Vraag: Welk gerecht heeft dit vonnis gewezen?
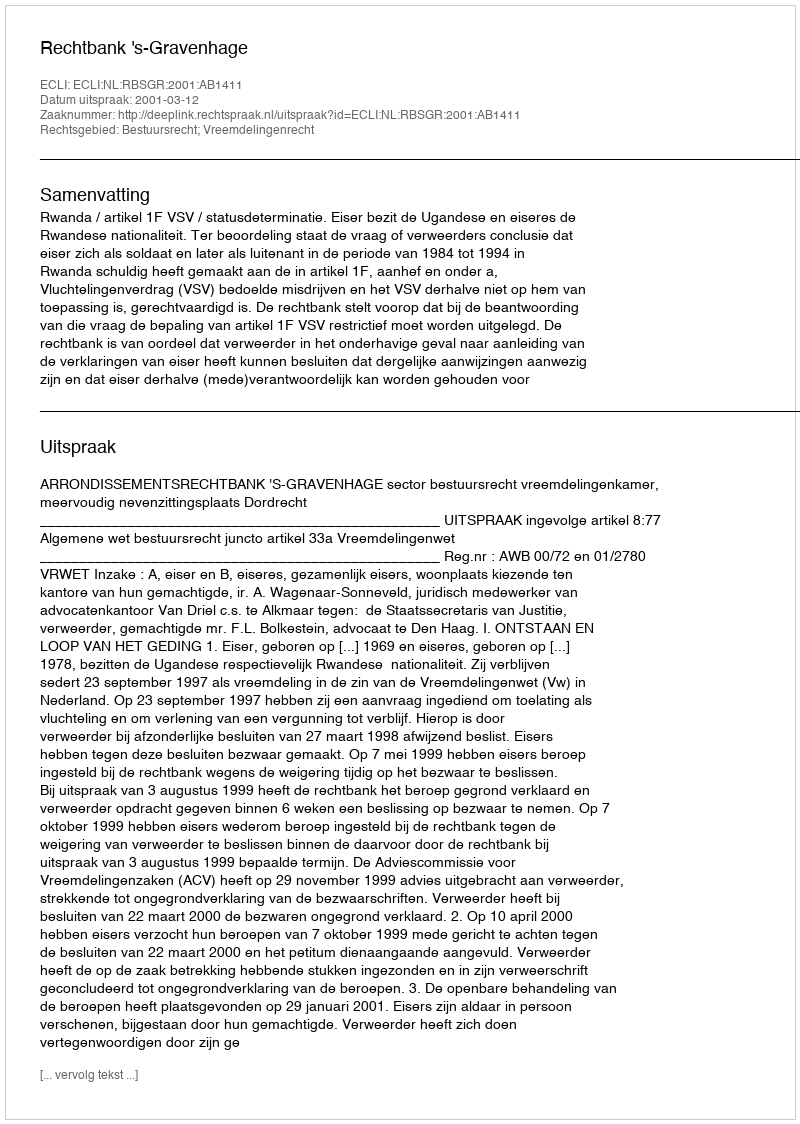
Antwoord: Rechtbank 's-Gravenhage